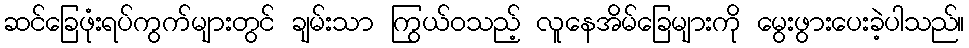
ဆင်ခြေဖုံးရပ်ကွက်များတွင် ချမ်းသာ ကြွယ်ဝသည့် လူနေအိမ်ခြေများကို မွေးဖွားပေးခဲ့ပါသည်။